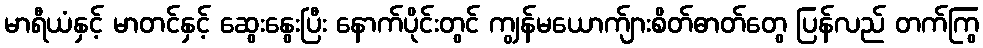
မာရီယံနှင့် မာတင်နှင့် ဆွေးနွေးပြီး နောက်ပိုင်းတွင် ကျွန်မယောက်ျားစိတ်ဓာတ်တွေ ပြန်လည် တက်ကြွ